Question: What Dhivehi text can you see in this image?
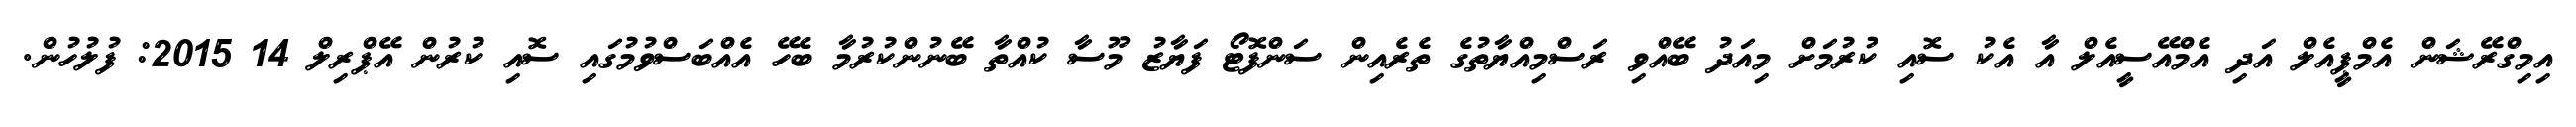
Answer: އިމިގްރޭޝަން އެމްޕީއެލް އަދި އެމްއޭސީއެލް އާ އެކު ސޮއި ކުރުމަށް މިއަދު ބޭއްވި ރަސްމިއްޔާތުގެ ތެރެއިން ސަންފޮޓޯ ފަޔާޒު މޫސާ ކުއްތާ ބޭނުންކުރުމާ ބެހޭ އެއްބަސްވުމުގައި ސޮއި ކުރުން އޭޕްރިލް 14 2015: ފުލުހުން.